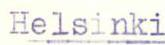
Helsinki